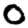
Digit: 0